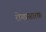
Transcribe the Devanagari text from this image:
रोगप्रसारक